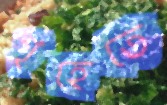
গৃহেতে